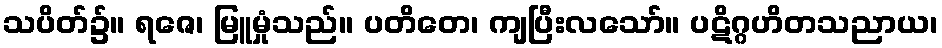
သပိတ်၌။ ရဇေ၊ မြူမှုံသည်။ ပတိတေ၊ ကျပြီးလသော်။ ပဋိဂ္ဂဟိတသညာယ၊